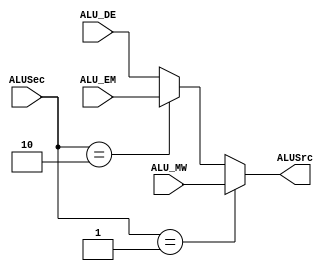
`timescale 1ns / 1ps

module ForwardMUX(
    input [1:0] ALUSec,
    input [31:0] ALU_DE,
    input [31:0] ALU_EM,
    input [31:0] ALU_MW,
    output reg [31:0] ALUSrc
);

always@(*) begin
    if(ALUSec == 2'b01)
        ALUSrc = ALU_MW;
    else if(ALUSec == 2'b10)
        ALUSrc = ALU_EM;
    else
        ALUSrc = ALU_DE;
end

endmodule